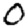
Digit: 0